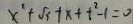
x ^ { \prime } + \sqrt { 3 } + x + t ^ { 2 } - 1 = 0